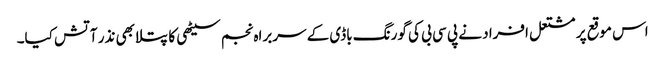
اس موقع پر مشتعل افراد نے پی سی بی کی گورنگ باڈی کے سربراہ نجم سیٹھی کا پتلا بھی نذر آتش کیا۔